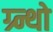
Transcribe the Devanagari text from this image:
ग्र्न्थो